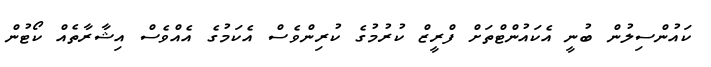
ކައުންސިލުން ބުނީ އެކައުންޓްތަށް ފްރީޒް ކުރުމުގެ ކުރިންވެސް އެކަމުގެ އެއްވެސް އިޝާރާތެއް ކޯޓުން